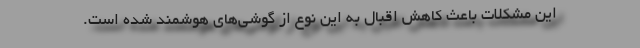
این مشکلات باعث کاهش اقبال به این نوع از گوشی‌های هوشمند شده است.